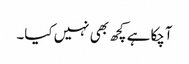
آچکا ہے کچھ بھی نہیں کیا۔